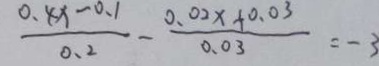
\frac { 0 . 8 x - 0 . 1 } { 0 . 2 } - \frac { 0 . 0 2 x + 0 . 0 3 } { 0 . 0 3 } = - 3